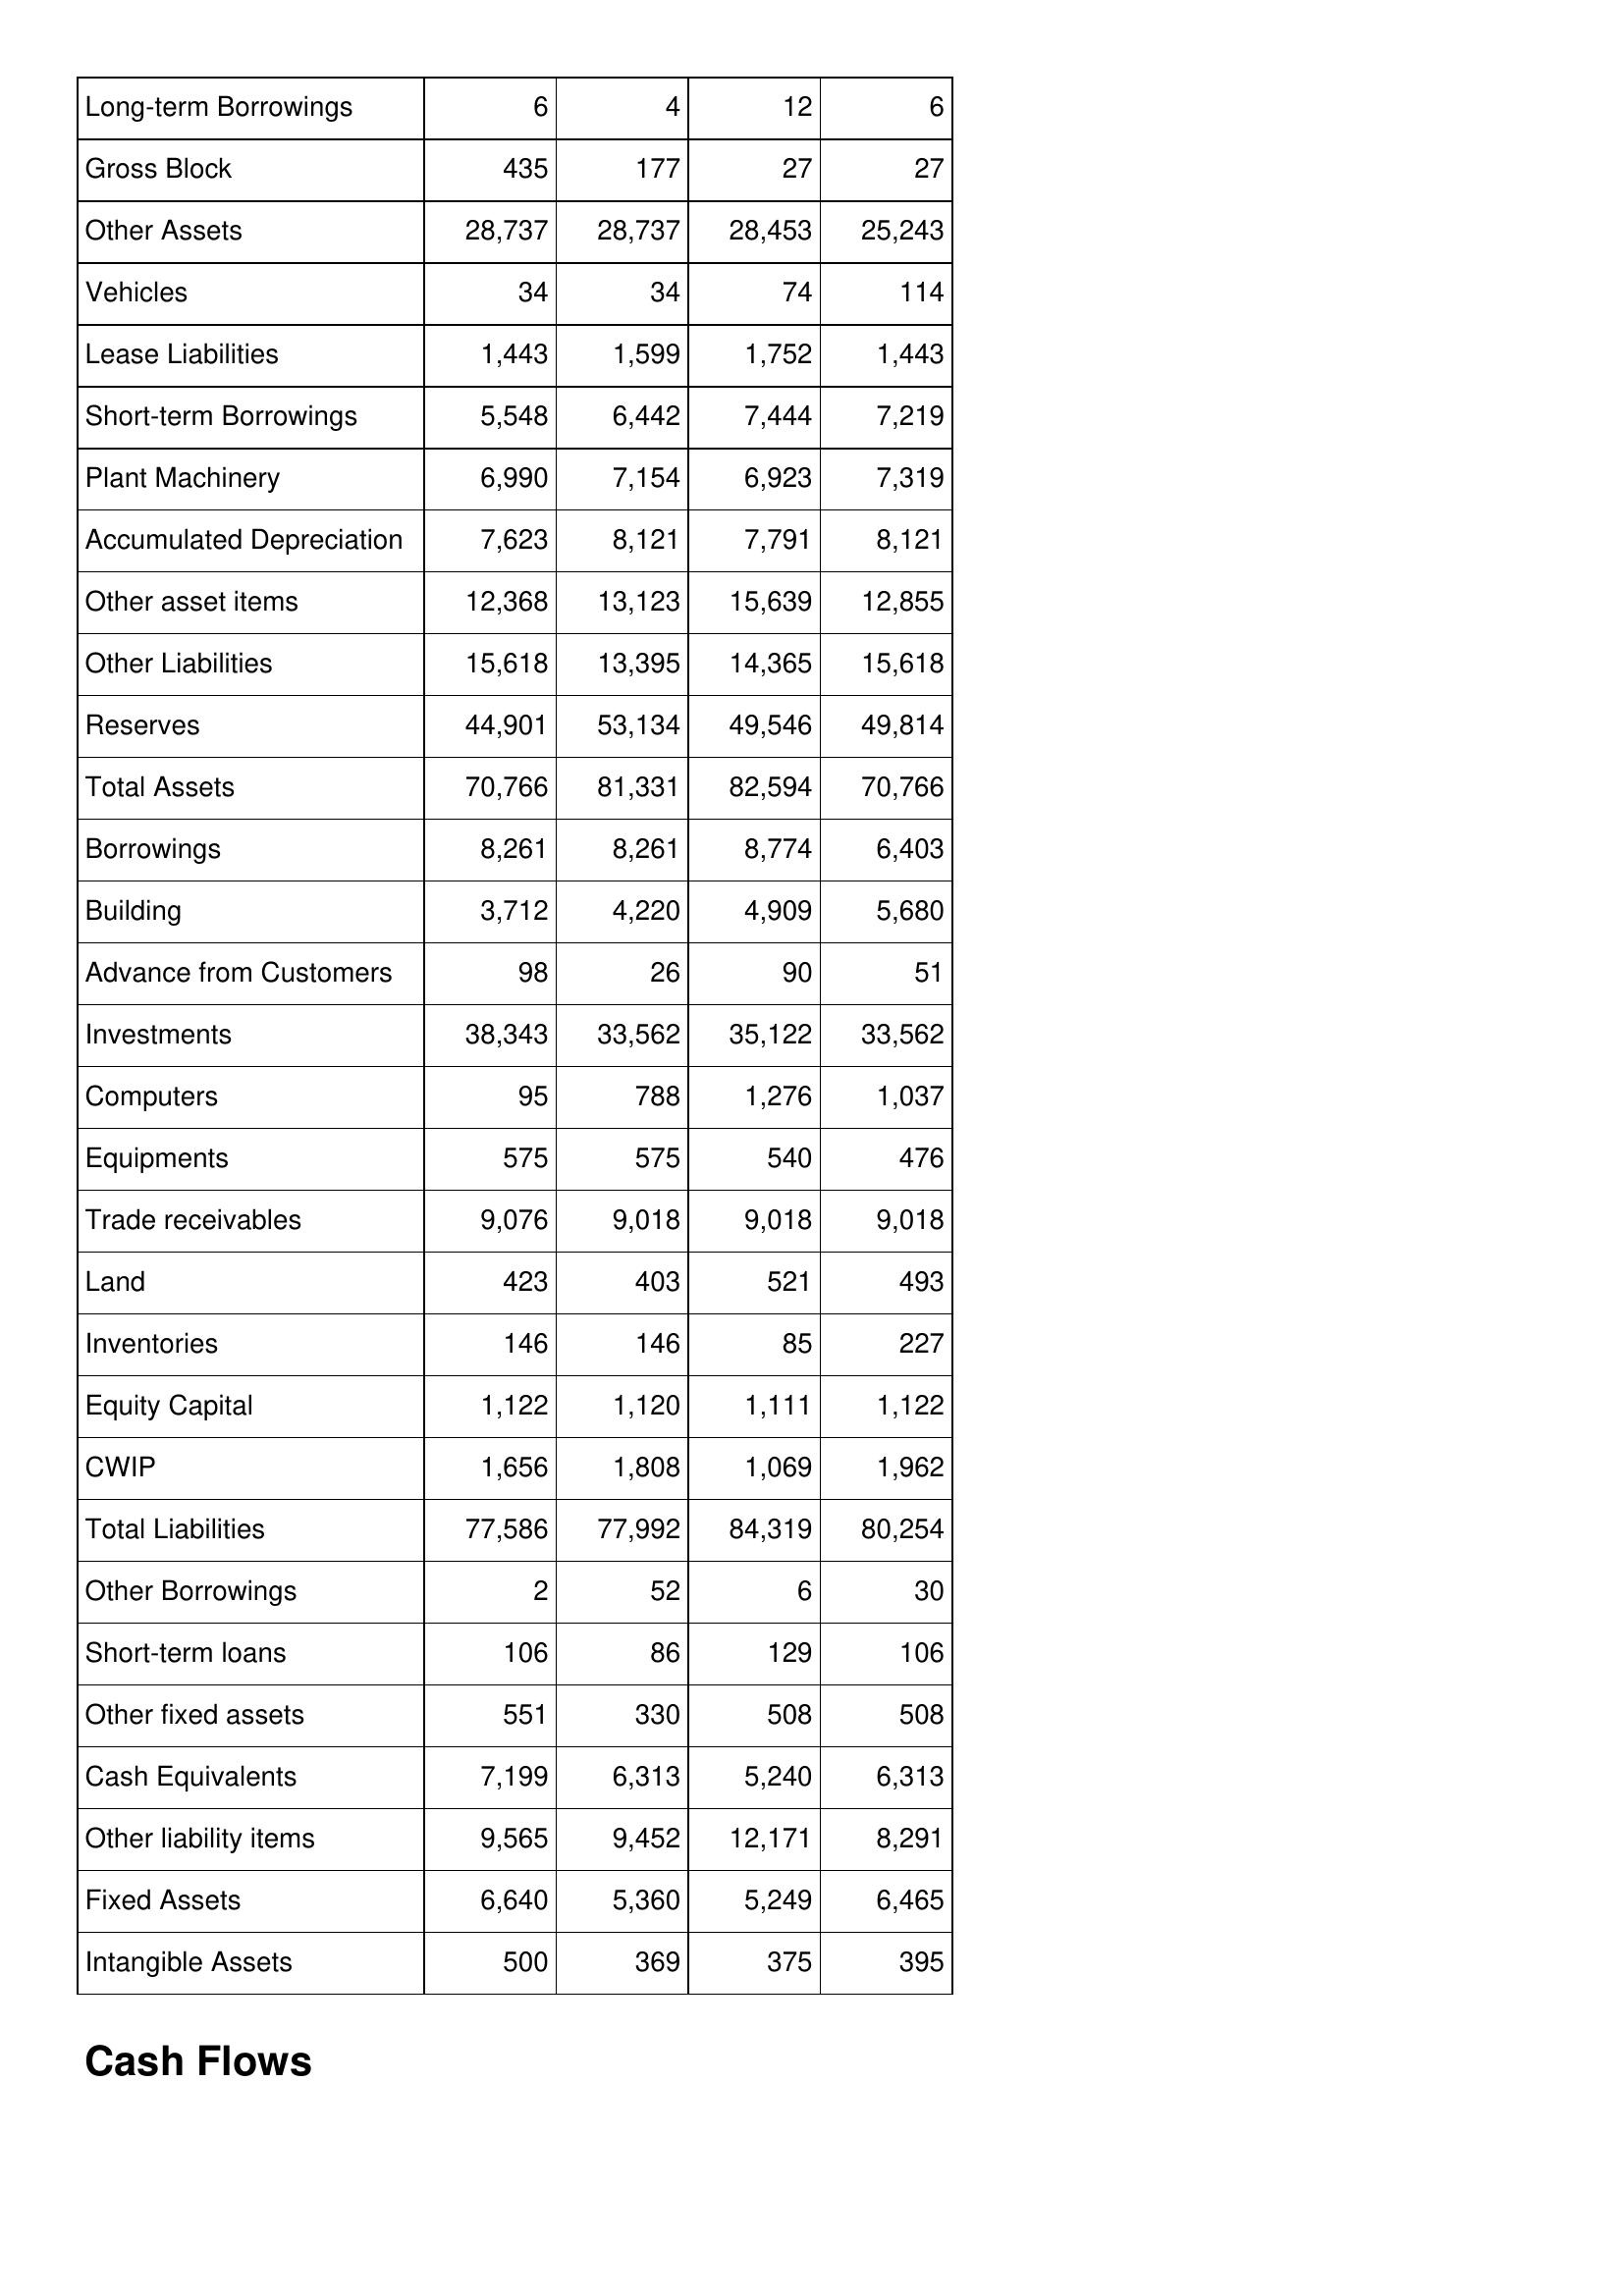
May-07: Balance Sheet: Long-term Borrowings: 6
Gross Block: 435
Other Assets: 28,737
Vehicles: 34
Lease Liabilities: 1,443
Short-term Borrowings: 5,548
Plant Machinery: 6,990
Accumulated Depreciation: 7,623
Other asset items: 12,368
Other Liabilities: 15,618
Reserves: 44,901
Total Assets: 70,766
Borrowings: 8,261
Building: 3,712
Advance from Customers: 98
Investments: 38,343
Computers: 95
Equipments: 575
Trade receivables: 9,076
Land: 423
Inventories: 146
Equity Capital: 1,122
CWIP: 1,656
Total Liabilities: 77,586
Other Borrowings: 2
Short-term loans: 106
Other fixed assets: 551
Cash Equivalents: 7,199
Other liability items: 9,565
Fixed Assets: 6,640
Intangible Assets: 500
May-06: Balance Sheet: Long-term Borrowings: 4
Gross Block: 177
Other Assets: 28,737
Vehicles: 34
Lease Liabilities: 1,599
Short-term Borrowings: 6,442
Plant Machinery: 7,154
Accumulated Depreciation: 8,121
Other asset items: 13,123
Other Liabilities: 13,395
Reserves: 53,134
Total Assets: 81,331
Borrowings: 8,261
Building: 4,220
Advance from Customers: 26
Investments: 33,562
Computers: 788
Equipments: 575
Trade receivables: 9,018
Land: 403
Inventories: 146
Equity Capital: 1,120
CWIP: 1,808
Total Liabilities: 77,992
Other Borrowings: 52
Short-term loans: 86
Other fixed assets: 330
Cash Equivalents: 6,313
Other liability items: 9,452
Fixed Assets: 5,360
Intangible Assets: 369
May-05: Balance Sheet: Long-term Borrowings: 12
Gross Block: 27
Other Assets: 28,453
Vehicles: 74
Lease Liabilities: 1,752
Short-term Borrowings: 7,444
Plant Machinery: 6,923
Accumulated Depreciation: 7,791
Other asset items: 15,639
Other Liabilities: 14,365
Reserves: 49,546
Total Assets: 82,594
Borrowings: 8,774
Building: 4,909
Advance from Customers: 90
Investments: 35,122
Computers: 1,276
Equipments: 540
Trade receivables: 9,018
Land: 521
Inventories: 85
Equity Capital: 1,111
CWIP: 1,069
Total Liabilities: 84,319
Other Borrowings: 6
Short-term loans: 129
Other fixed assets: 508
Cash Equivalents: 5,240
Other liability items: 12,171
Fixed Assets: 5,249
Intangible Assets: 375
May-04: Balance Sheet: Long-term Borrowings: 6
Gross Block: 27
Other Assets: 25,243
Vehicles: 114
Lease Liabilities: 1,443
Short-term Borrowings: 7,219
Plant Machinery: 7,319
Accumulated Depreciation: 8,121
Other asset items: 12,855
Other Liabilities: 15,618
Reserves: 49,814
Total Assets: 70,766
Borrowings: 6,403
Building: 5,680
Advance from Customers: 51
Investments: 33,562
Computers: 1,037
Equipments: 476
Trade receivables: 9,018
Land: 493
Inventories: 227
Equity Capital: 1,122
CWIP: 1,962
Total Liabilities: 80,254
Other Borrowings: 30
Short-term loans: 106
Other fixed assets: 508
Cash Equivalents: 6,313
Other liability items: 8,291
Fixed Assets: 6,465
Intangible Assets: 395